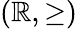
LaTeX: (\mathbb{R},\geq)